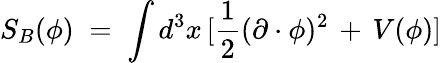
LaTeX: S_{B}(\phi)\; =\; \int d^{3}x\, [\frac{1}{2}(\partial\cdot\phi)^{2}\, +\, V(\phi)]